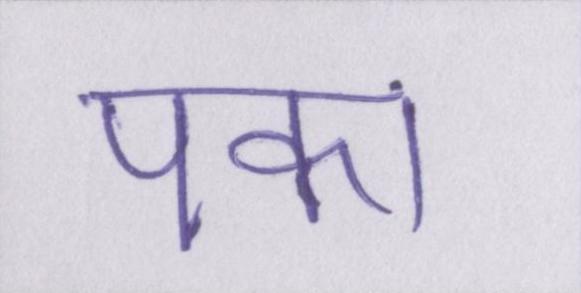
पका